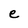
Character: e